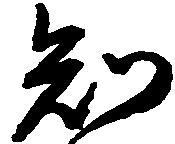
知